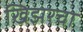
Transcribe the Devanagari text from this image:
खिझरचा